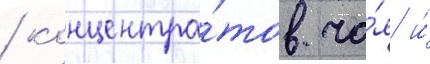
/ концентра́тов ча́я и́